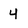
Character: 4